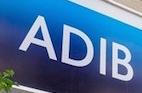
adib